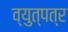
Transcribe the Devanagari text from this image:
व्युत्पत्र